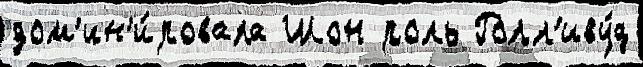
дом'ин'и́ровала Шон роль Голл'иву́д